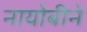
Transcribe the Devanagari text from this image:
नायोबीने